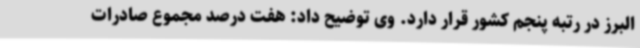
البرز در رتبه پنجم کشور قرار دارد. وی توضیح داد: هفت درصد مجموع صادرات